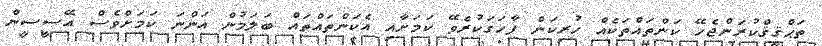
ތަޙްޤީޤްކުރަންޖެހޭ ކަންތައްތަކެއް ހުރިކަން ފާހަގަކުރެވޭ ކަމަށާއި އެކަންތައްތައް ބަލަމުން އަންނަ ކަމަށްވެސް އޭސީސީން